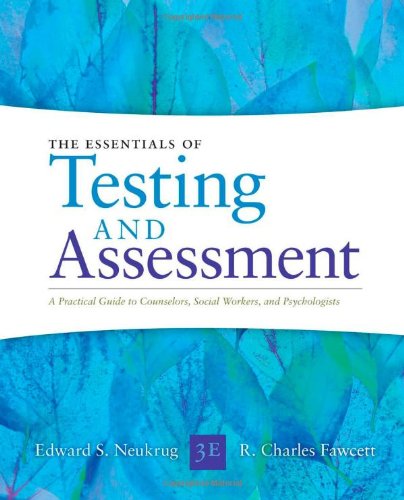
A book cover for Essentials of Testing and Assessment: A Practical Guide for Counselors, Social Workers, and Psychologists; Edward S. Neukrug; Education & Teaching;